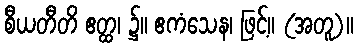
စီယတီတိ ဧတ္ထ၊ ၌။ ဧကံသေန၊ ဖြင့်။ (အတူ)။